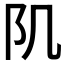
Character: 𨸔